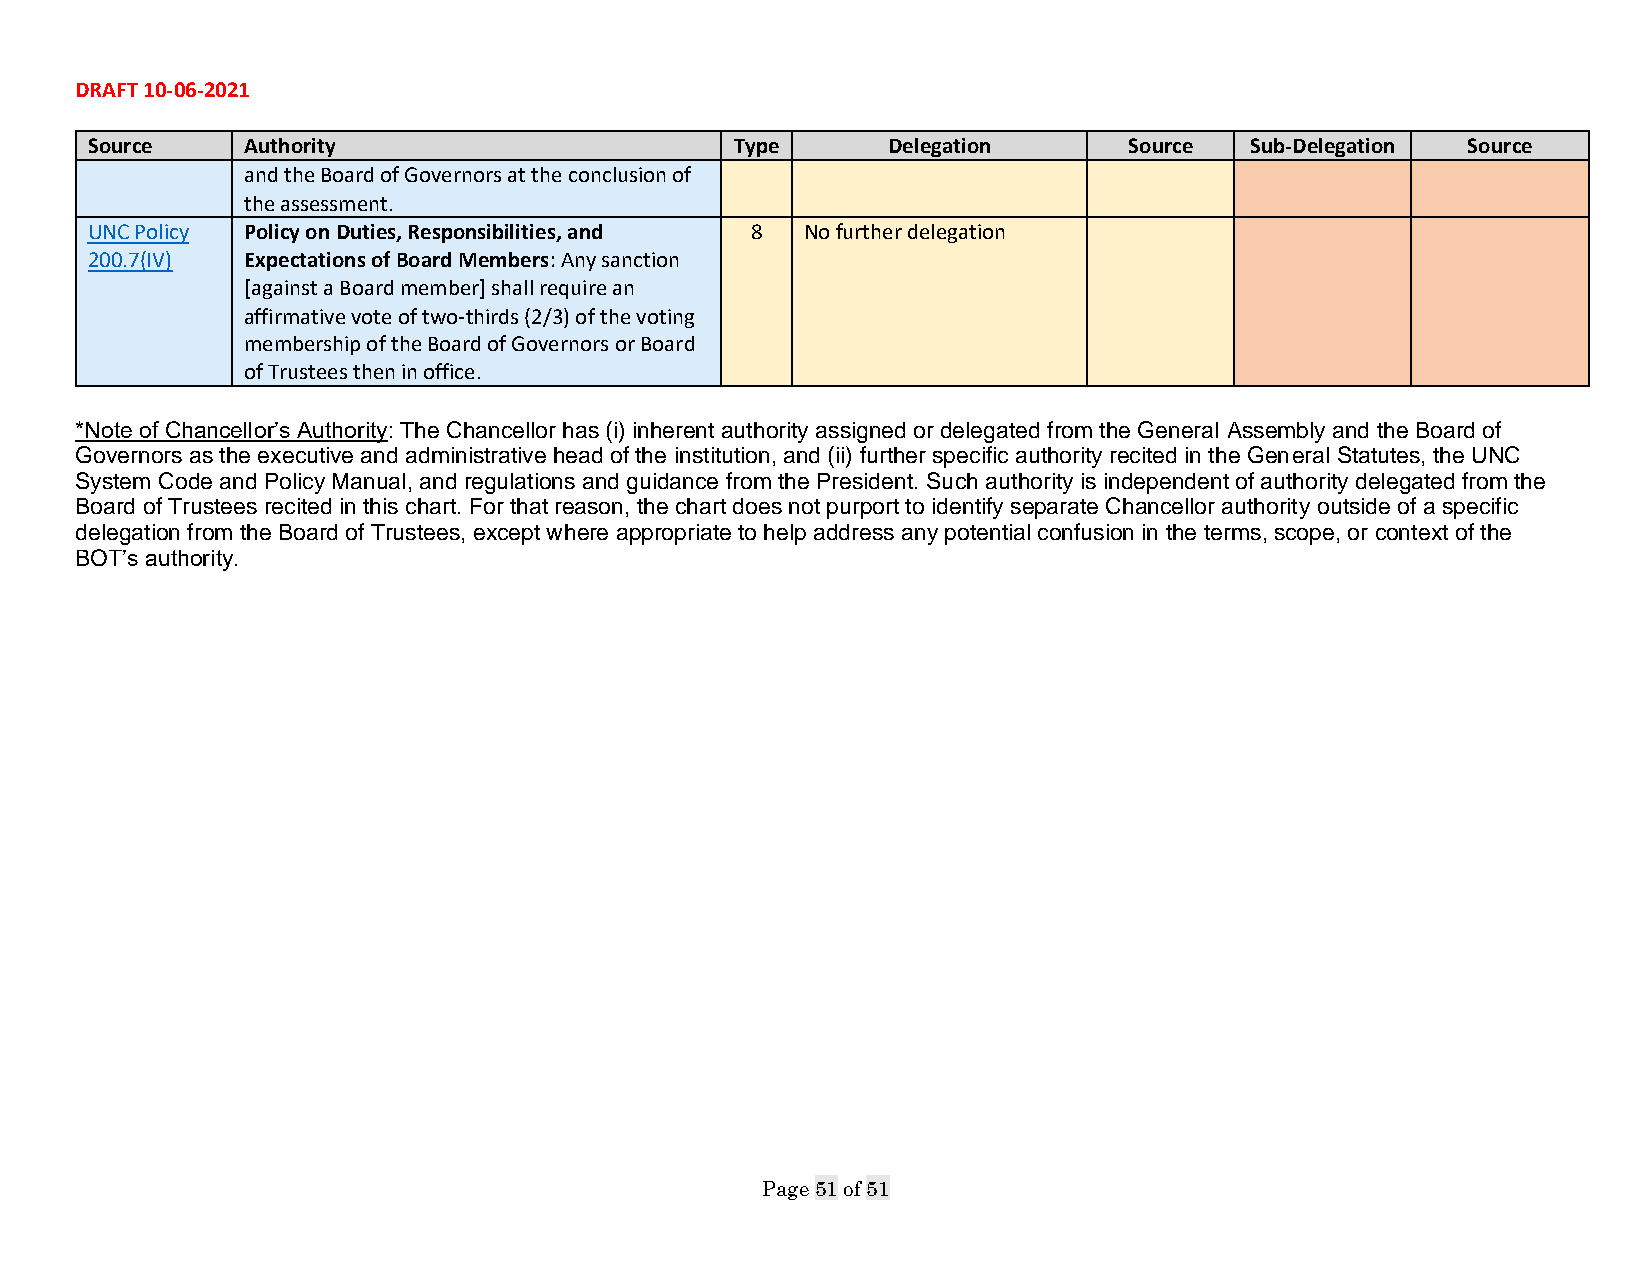
DRAFT 10-06-2021
 Source    Authority                        Type      Delegation      Source  Sub-Delegation Source
 and the Board of Governors at the conclusion of
 the assessment.
 UNC Policy Policy on Duties, Responsibilities, and 8 No further delegation
 200.7(IV) Expectations of Board Members: Any sanction
 [against a Board member] shall require an
 affirmative vote of two-thirds (2/3) of the voting
 membership of the Board of Governors or Board
 of Trustees then in office.
 *Note of Chancellor’s Authority: The Chancellor has (i) inherent authority assigned or delegated from the General Assembly and the Board of
 Governors as the executive and administrative head of the institution, and (ii) further specific authority recited in the General Statutes, the UNC
 System Code and Policy Manual, and regulations and guidance from the President. Such authority is independent of authority delegated from the
 Board of Trustees recited in this chart. For that reason, the chart does not purport to identify separate Chancellor authority outside of a specific
 delegation from the Board of Trustees, except where appropriate to help address any potential confusion in the terms, scope, or context of the
 BOT’s authority.
 Page 51 of 51